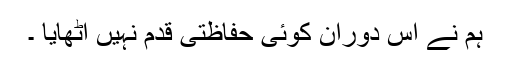
ہم نے اس دوران کوئی حفاظتی قدم نہیں اٹھایا ۔